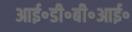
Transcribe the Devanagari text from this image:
आई॰डी॰बी॰आई॰